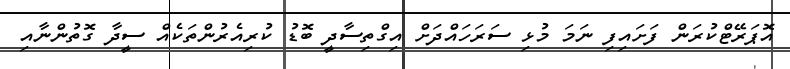
އޮޕަރޭޓްކުރަން ފަށައިފި ނަމަ މުޅި ސަރަހައްދަށް އިގްތިސާދީ ބޮޑު ކުރިއެރުންތަކެއް ސީދާ ގޮތުންނާއި